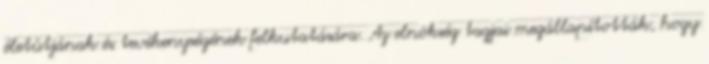
életútjának és tevékenységének felkutatására. Az elnökség tagjai megállapították, hogy